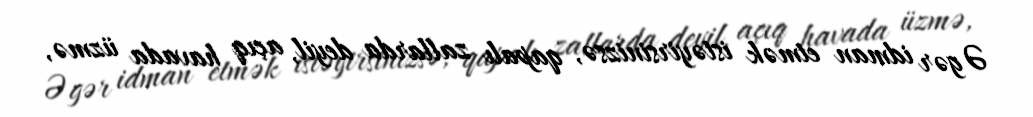
Əgər idman etmək istəyirsinizsə, qapalı zallarda deyil, açıq havada üzmə,